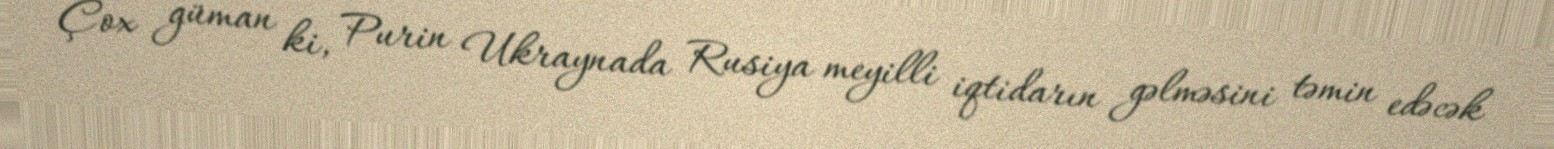
Çox güman ki, Purin Ukraynada Rusiya meyilli iqtidarın gəlməsini təmin edəcək